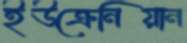
ইউক্রেনিয়ান